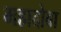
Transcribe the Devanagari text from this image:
महादोबा